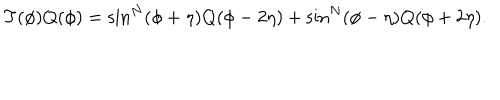
T ( \phi ) Q ( \phi ) = \sin ^ { N } ( \phi + \eta ) Q ( \phi - 2 \eta ) + \sin ^ { N } ( \phi - \eta ) Q ( \phi + 2 \eta ) .